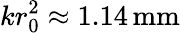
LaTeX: kr_{0}^{2}\approx 1.14\, \textrm{mm}